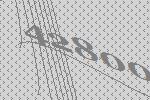
42800